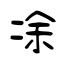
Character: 凃